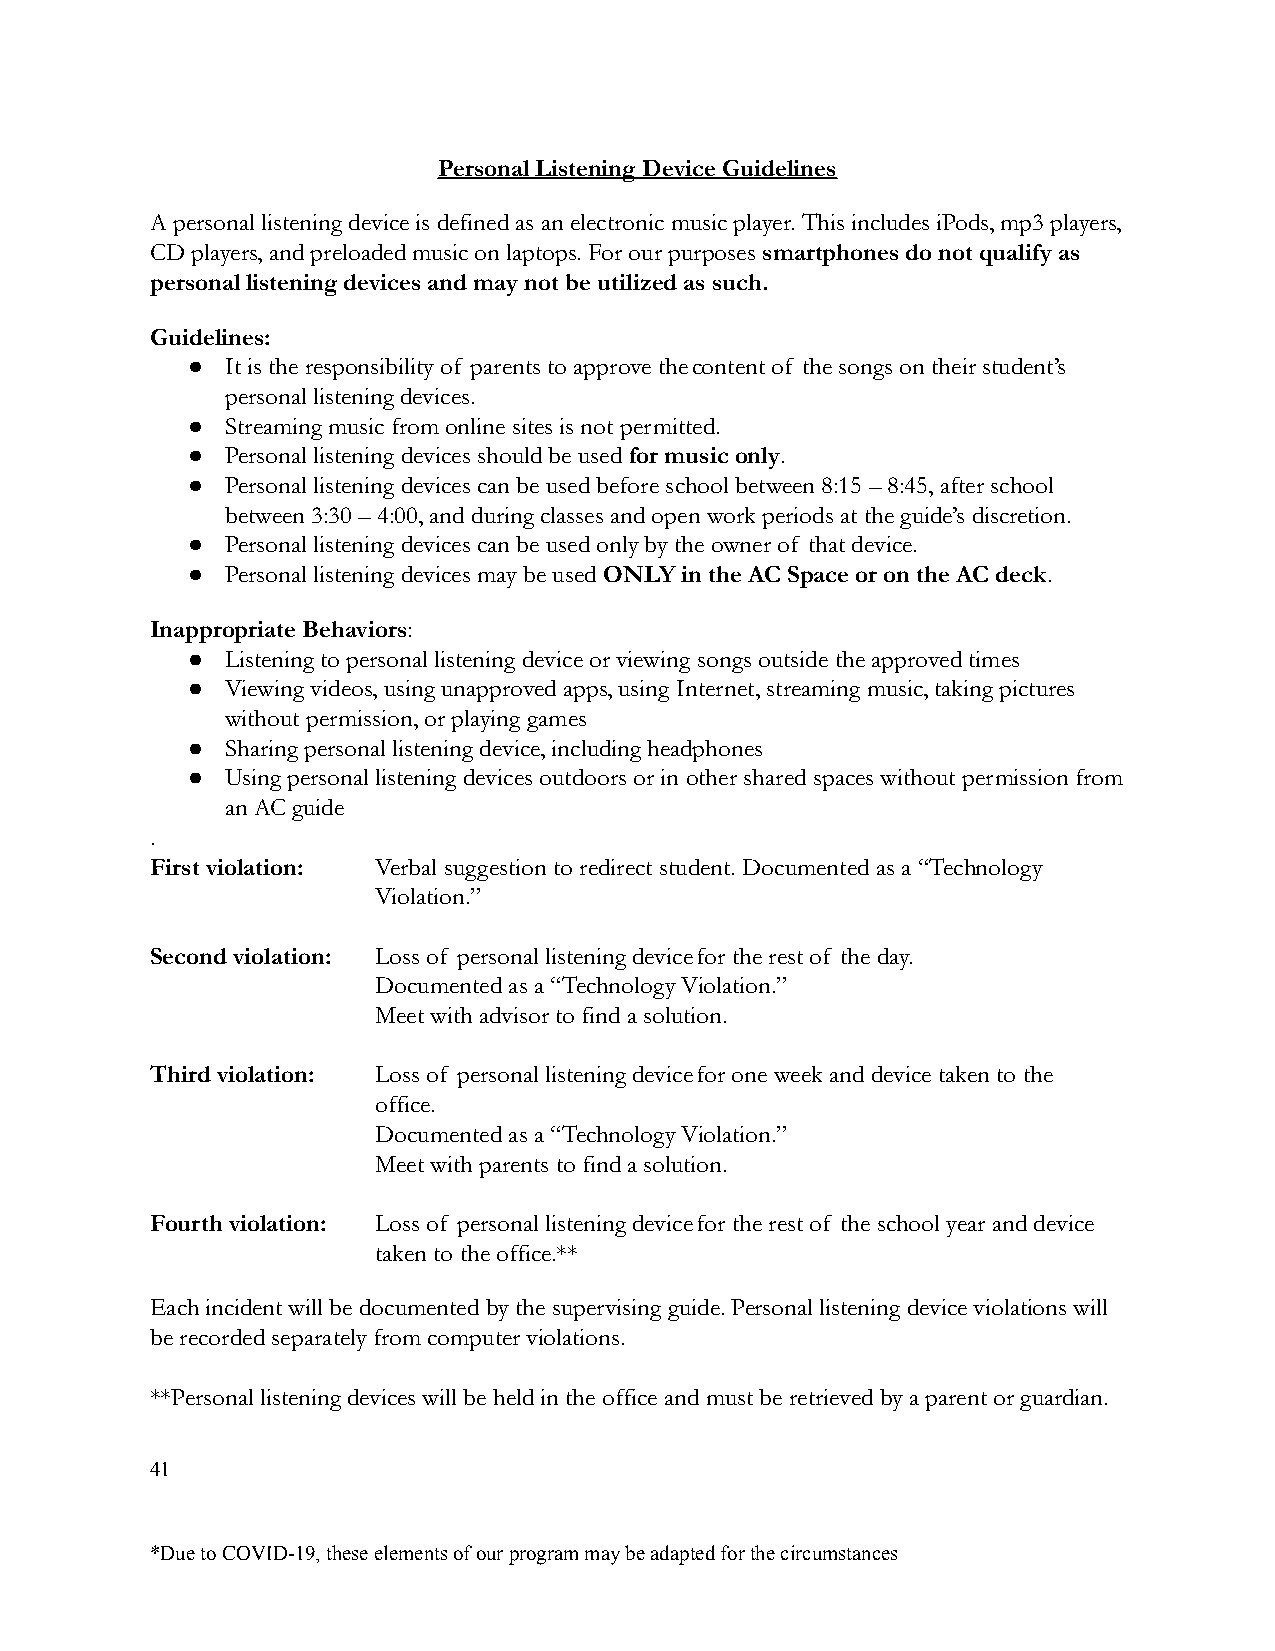
Personal Listening Device Guidelines
 A personal listening device is defined as an electronic music player. This includes iPods, mp3 players,
 CD players, and preloaded music on laptops. For our purposessmartphones do not qualify as
 personal listening devices and may not be utilizedas such.
 Guidelines:
 ●  It is the responsibility of parents to approve thecontent of the songs on their student’s
 personal listening devices.
 ●  Streaming music from online sites is not permitted.
 ●  Personal listening devices should be used for musiconly.
 ●  Personal listening devices can be used before schoolbetween 8:15 – 8:45, after school
 between 3:30 – 4:00, and during classes and open workperiods at the guide’s discretion.
 ●  Personal listening devices can be used only by the owner of that device.
 ●  Personal listening devices may be used ONLY in the AC Space or on the AC deck.
 Inappropriate Behaviors:
 ●  Listening to personal listening device or viewingsongs outside the approved times
 ●  Viewing videos, using unapproved apps, using Internet,streaming music, taking pictures
 without permission, or playing games
 ●  Sharing personal listening device, including headphones
 ●  Using personal listening devices outdoors or inother shared spaces without permission from
 an AC guide
 .
 First violation: Verbal suggestion to redirect student.Documented as a “Technology
 Violation.”
 Second violation: Loss of personal listening devicefor the rest of the day.
 Documented as a “Technology Violation.”
 Meet with advisor to find a solution.
 Third violation: Loss of personal listening devicefor one week and device taken to the
 office.
 Documented as a “Technology Violation.”
 Meet with parents to find a solution.
 Fourth violation: Loss of personal listening devicefor the rest of the school year and device
 taken to the office.**
 Each incident will be documented by the supervisingguide. Personal listening device violations will
 be recorded separately from computer violations.
 **Personal listening devices will be held in the office and must be retrieved by a parent or guardian.
 41
 *Due to COVID-19, these elements of our program maybe adapted for the circumstances